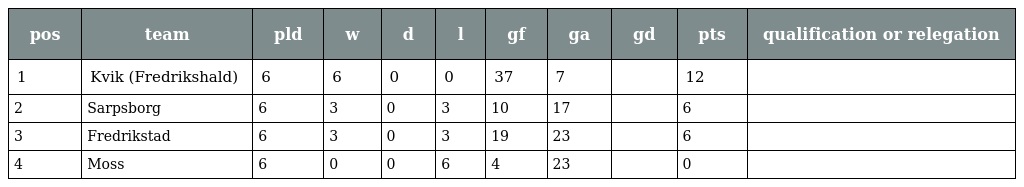
| pos | team | pld | w | d | l | gf | ga | gd | pts | qualification or relegation |
 | --- | --- | --- | --- | --- | --- | --- | --- | --- | --- | --- |
 | 1 | Kvik (Fredrikshald) | 6 | 6 | 0 | 0 | 37 | 7 |  | 12 |  |
 | 2 | Sarpsborg | 6 | 3 | 0 | 3 | 10 | 17 |  | 6 |  |
 | 3 | Fredrikstad | 6 | 3 | 0 | 3 | 19 | 23 |  | 6 |  |
 | 4 | Moss | 6 | 0 | 0 | 6 | 4 | 23 |  | 0 |  |